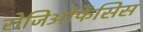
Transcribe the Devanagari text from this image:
रोजिओफेंसिस